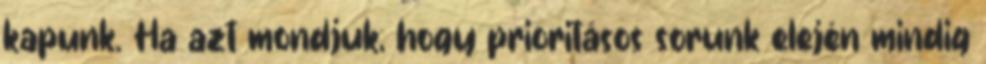
kapunk. Ha azt mondjuk, hogy prioritásos sorunk elején mindig